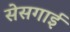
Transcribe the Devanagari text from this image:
सेसगाई